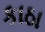
કાઠા